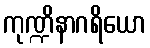
ကုဏ္ဍိနာဂရိယော